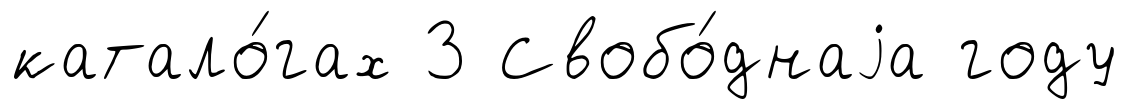
катало́гах 3 Свобо́днаjа году